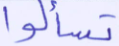
تسألوا